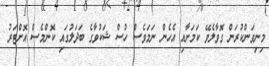
މިނިވަންކުރަން ގޮވާލެވޭ ކަމަށާއި އެހެން ނަމަވެސް ހުސް ޝަކުވާގެ ބަދަލުގައި ކޮންމެސް އޮށްޓަރު